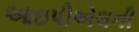
આઇપીએલની